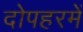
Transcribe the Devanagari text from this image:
दोपहरमें